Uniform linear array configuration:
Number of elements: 24
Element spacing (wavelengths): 0.25
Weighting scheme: uniform
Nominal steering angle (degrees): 45
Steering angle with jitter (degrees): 44.227
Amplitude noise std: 0.05
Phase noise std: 0.05

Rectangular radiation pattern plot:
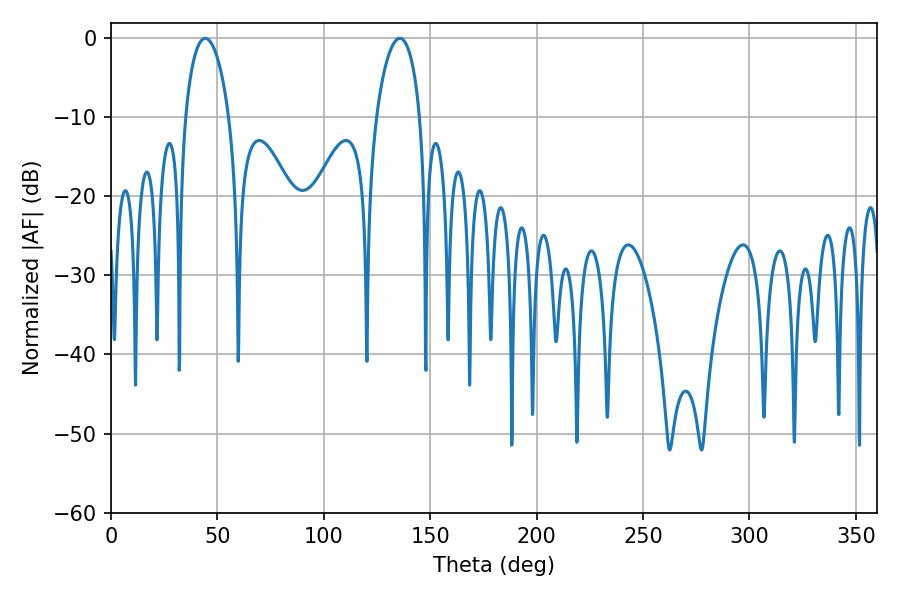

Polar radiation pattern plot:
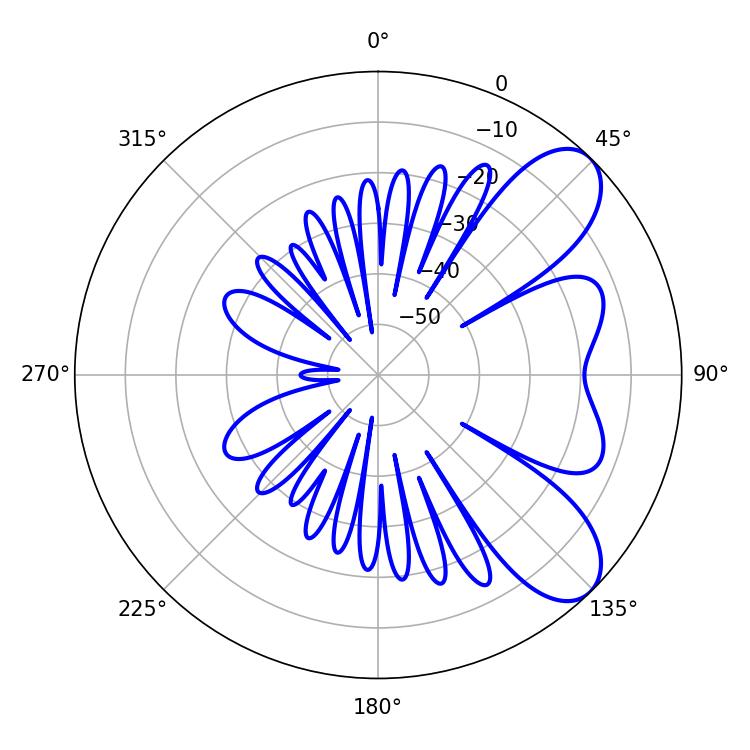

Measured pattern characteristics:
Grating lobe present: FALSE
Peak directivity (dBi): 7.821
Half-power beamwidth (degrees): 11.7
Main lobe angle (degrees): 44.28